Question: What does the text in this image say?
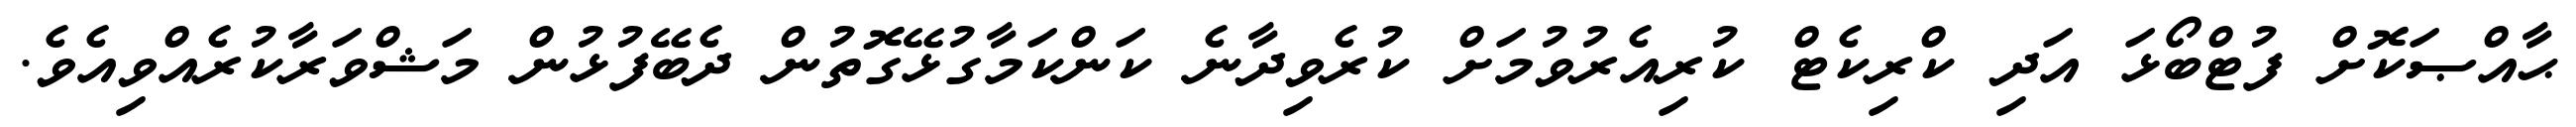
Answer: ޙާއްޞަކޮށް ފުޓްބޯޅަ އަދި ކްރިކެޓް ކުރިއެރުވުމަށް ކުރެވިދާނެ ކަންކަމާގުޅޭގޮތުން ދެބޭފުޅުން މަޝްވަރާކުރެއްވިއެވެ.